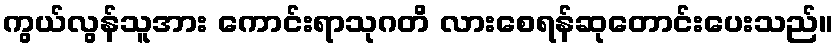
ကွယ်လွန်သူအား ကောင်းရာသုဂတိ လားစေရန်ဆုတောင်းပေးသည်။